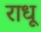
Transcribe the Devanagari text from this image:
राधू